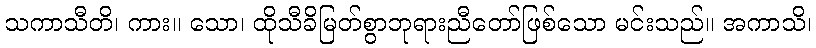
သကာသီတိ၊ ကား။ သော၊ ထိုသီခိမြတ်စွာဘုရားညီတော်ဖြစ်သော မင်းသည်။ အကာသိ၊